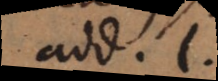
add. l.